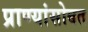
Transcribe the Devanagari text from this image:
प्राण्यांसोबत